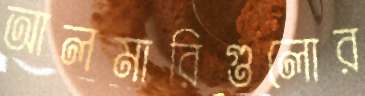
আলমারিগুলোর